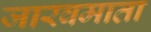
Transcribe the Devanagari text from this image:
जारवमाता